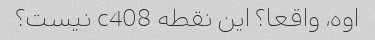
اوه، واقعا؟ این نقطه c408 نیست؟